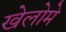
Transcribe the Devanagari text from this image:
खेलोमे